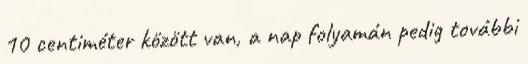
10 centiméter között van, a nap folyamán pedig további